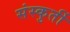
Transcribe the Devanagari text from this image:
संस्कुर्ती